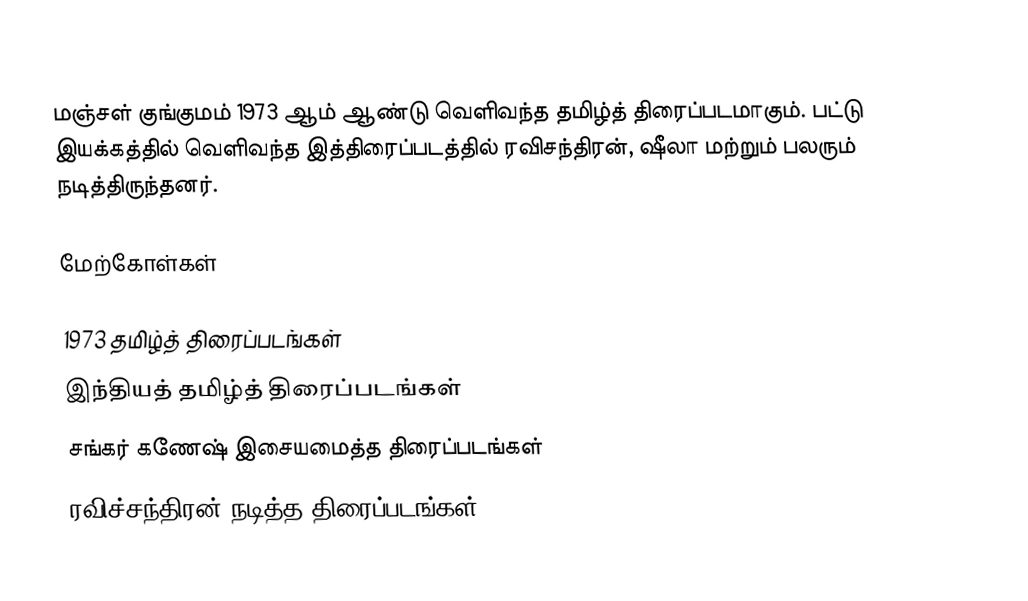
மஞ்சள் குங்குமம் 1973 ஆம் ஆண்டு வெளிவந்த தமிழ்த் திரைப்படமாகும். பட்டு இயக்கத்தில் வெளிவந்த இத்திரைப்படத்தில் ரவிசந்திரன், ஷீலா மற்றும் பலரும் நடித்திருந்தனர்.

மேற்கோள்கள்

1973 தமிழ்த் திரைப்படங்கள்
இந்தியத் தமிழ்த் திரைப்படங்கள்
சங்கர் கணேஷ் இசையமைத்த திரைப்படங்கள்
ரவிச்சந்திரன் நடித்த திரைப்படங்கள்